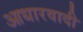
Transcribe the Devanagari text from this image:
आधारवादी